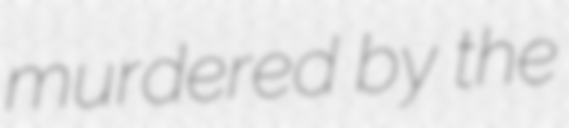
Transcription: murdered by the